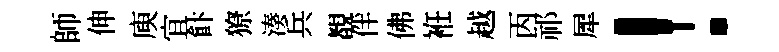
師伸庾宜飰獠湊兵覩伴佛袵越丙祁犀！